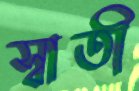
স্বাতী